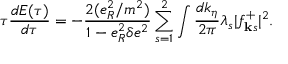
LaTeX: \tau \frac { d E ( \tau ) } { d \tau } = - \frac { 2 ( e _ { R } ^ { 2 } / m ^ { 2 } ) } { 1 - e _ { R } ^ { 2 } \delta e ^ { 2 } } \sum _ { s = 1 } ^ { 2 } \int \frac { d k _ { \eta } } { 2 \pi } \lambda _ { s } \vert f _ { { \bf k } s } ^ { + } \vert ^ { 2 } .